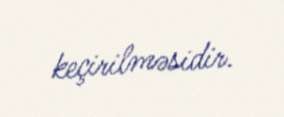
keçirilməsidir.